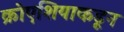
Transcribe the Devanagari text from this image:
क्रोएशियाकडून